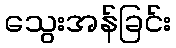
သွေးအန်ခြင်း